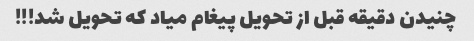
چنیدن دقیقه قبل از تحویل پیغام میاد که تحویل شد!!!